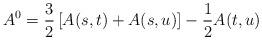
LaTeX: \begin{align*}A^0 = \frac{3}{2} \left[ A(s,t) + A (s,u) \right] - \frac{1}{2} A(t,u)\end{align*}